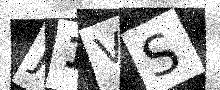
Text: J1VS